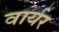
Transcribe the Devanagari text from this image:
वार्यर